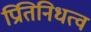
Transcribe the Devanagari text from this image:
प्रितिनिधत्व